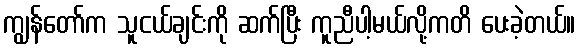
ကျွန်တော်က သူငယ်ချင်းကို ဆက်ပြီး ကူညီပါ့မယ်လို့ကတိ ပေးခဲ့တယ်။